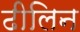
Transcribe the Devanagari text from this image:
ढीलिन